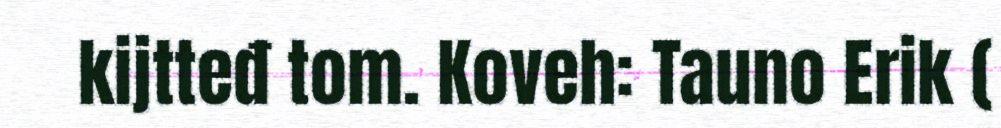
kijtteđ tom. Koveh: Tauno Erik (